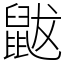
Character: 鼥